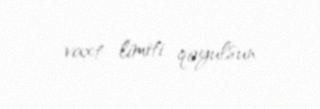
vaxt limiti qoyulsun.